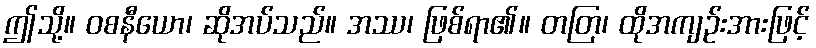
ဤသို့။ ဝစနီယော၊ ဆိုအပ်သည်။ အဿ၊ ဖြစ်ရာ၏။ တတြ၊ ထိုအကျဉ်းအားဖြင့်